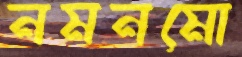
নমনমো